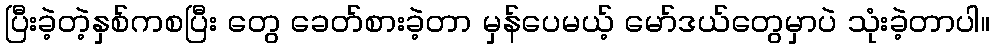
ပြီးခဲ့တဲ့နှစ်ကစပြီး တွေ ခေတ်စားခဲ့တာ မှန်ပေမယ့် မော်ဒယ်တွေမှာပဲ သုံးခဲ့တာပါ။